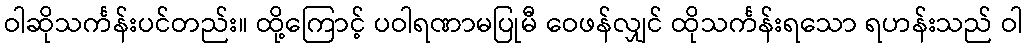
ဝါဆိုသင်္ကန်းပင်တည်း။ ထို့ကြောင့် ပဝါရဏာမပြုမီ ဝေဖန်လျှင် ထိုသင်္ကန်းရသော ရဟန်းသည် ဝါ